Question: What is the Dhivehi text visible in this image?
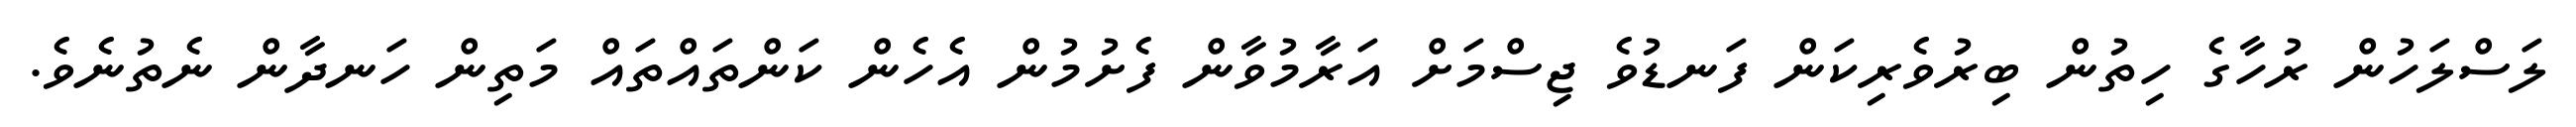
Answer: ލަސްލަހުން ރުހާގެ ހިތުން ބިރުވެރިކަން ފަނޑުވެ ޖިސްމަށް އަރާމުވާން ފެށުމުން އެހެން ކަންތައްތައް މަތިން ހަނދާން ނެތުނެވެ.